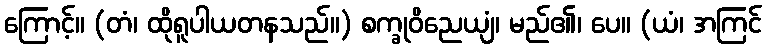
ကြောင့်။ (တံ၊ ထိုရူပါယတနသည်။) စက္ခုဝိညေယျံ၊ မည်၏၊ ပေ။ (ယံ၊ အကြင်